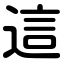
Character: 這